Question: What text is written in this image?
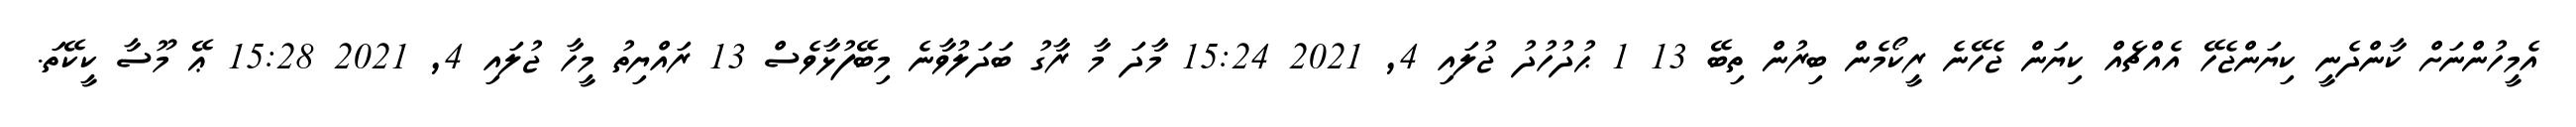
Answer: އެމީހުންނަށް ކާންދެނީ ކިޔަންޖެހޭ އެއްޗެއް ކިޔަން ޖެހޭނެ ރީކޯމެން ބިރުން ތިބޭ 13 1 ޙުދުހުދު ޖުލައި 4, 2021 15:24 މާދަ މާ ރާގު ބަދަލުވާނެ މިބޭފުޅާވެސް 13 ރައްޔިތު މީހާ ޖުލައި 4, 2021 15:28 ޢޭ މޫސާ ކީކޭތަ.